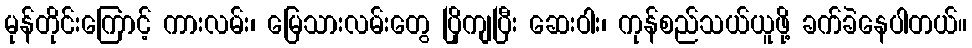
မုန်တိုင်းကြောင့် ကားလမ်း၊ မြေသားလမ်းတွေ ပြိုကျပြီး ဆေးဝါး၊ ကုန်စည်သယ်ယူဖို့ ခက်ခဲနေပါတယ်။